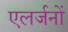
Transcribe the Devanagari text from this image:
एलर्जनों